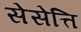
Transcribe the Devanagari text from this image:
सेसेत्ति